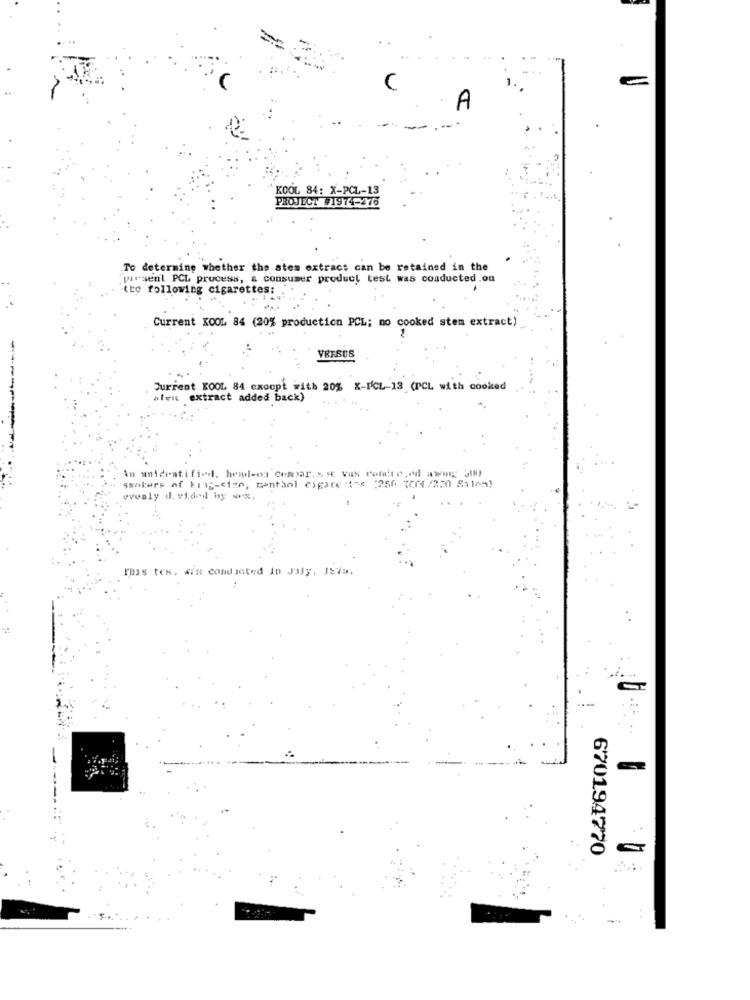
C
A
KOOL 84: X-PCL-13
PROJECT #1974-276
To determine whether the stem extract can be retained in the
pirsenl PCL process, a consumer product test was conducted .on
tte following cigarettes:
Current KOOL 84 (20% production PCL; no cooked stem extract)
--
Surrent KOOL 84 except with 20% X-FCL-13 (PCL with cooked
sten extract added back)
Im unidentified, hool-os Comar, so vas condte.ed aweng: JU
makers of king-size, tantanl cigare :ios (250 (Cf/230 Salem)
wwwaly J. vided by wx.
rmis tes, sin conducted in Jaly. JS7a.
670194770